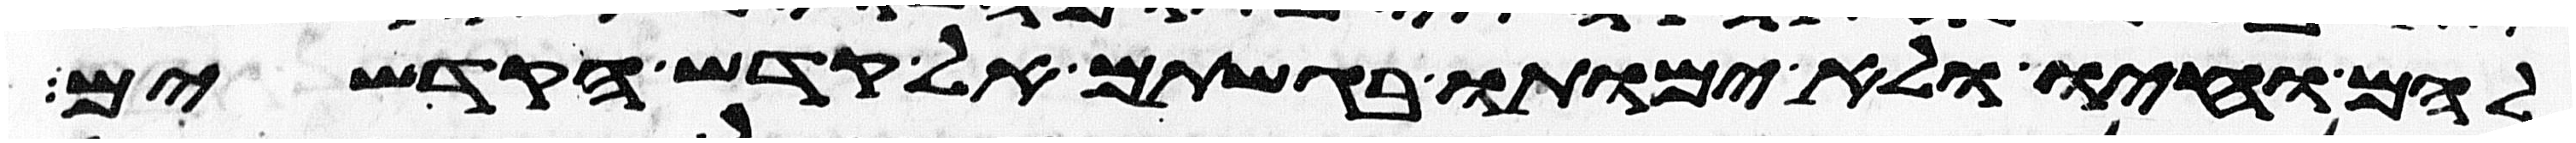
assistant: להם וחיו ולא ימותו בגשתם אל קדש הקדשים